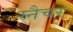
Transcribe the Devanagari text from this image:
स्नैचर